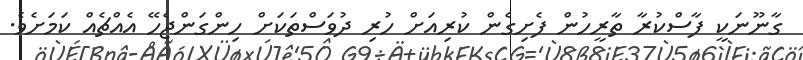
ގާނޫނަކީ ފާސްކުރާ ތާރީހުން ފެށިގެން ކުރިއަށް ހުރި ދުވަސްތަކަށް ހިންގަންޖެހޭ އެއްޗެއް ކަމަށެވެ.